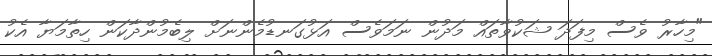
"މިހާރު ވެސް މިފަދަ ޝަކުވާތައް މަދުން ނަމަވެސް އަޅުގަނޑުމެންނަށް ލިބެމުންދާކަން ހިތާމަޔާ އެކު